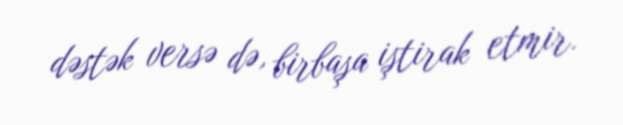
dəstək versə də, birbaşa iştirak etmir.